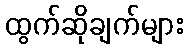
ထွက်ဆိုချက်များ